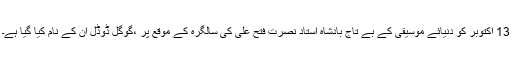
13 اکتوبر کو دنیائے موسیقی کے بے تاج بادشاہ استاد نصرت فتح علی کی سالگرہ کے موقع پر ،گوگل ڈوڈل ان کے نام کیا گیا ہے۔